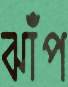
ঝাঁপ